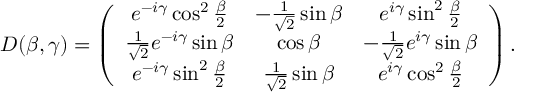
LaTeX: D ( \beta , \gamma ) = \left( \begin{array} { c c c } { { e ^ { - i \gamma } \cos ^ { 2 } { \frac { \beta } { 2 } } } } & { { - \frac { 1 } { \sqrt { 2 } } \sin { \beta } } } & { { e ^ { i \gamma } \sin ^ { 2 } { \frac { \beta } { 2 } } } } \\ { { \frac { 1 } { \sqrt { 2 } } e ^ { - i \gamma } \sin { \beta } } } & { { \cos { \beta } } } & { { - \frac { 1 } { \sqrt { 2 } } e ^ { i \gamma } \sin { \beta } } } \\ { { e ^ { - i \gamma } \sin ^ { 2 } { \frac { \beta } { 2 } } } } & { { \frac { 1 } { \sqrt { 2 } } \sin { \beta } } } & { { e ^ { i \gamma } \cos ^ { 2 } { \frac { \beta } { 2 } } } } \end{array} \right) .